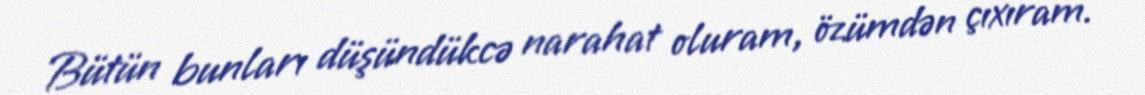
Bütün bunları düşündükcə narahat oluram, özümdən çıxıram.